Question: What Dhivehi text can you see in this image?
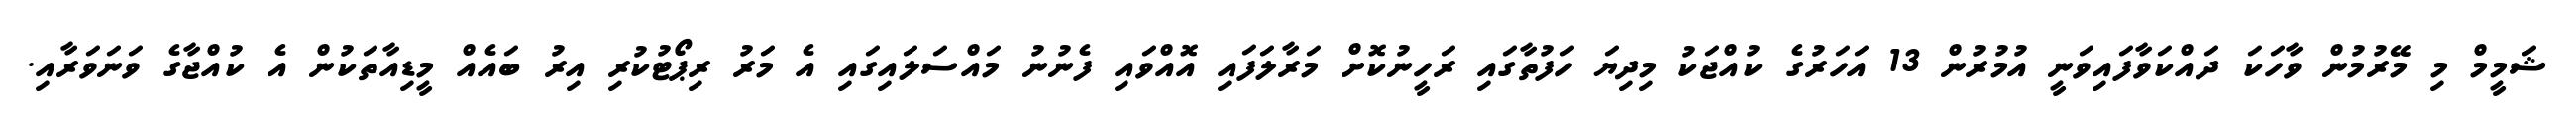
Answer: ޝަމީމް މި މޭރުމުން ވާހަކަ ދައްކަވާފައިވަނީ އުމުރުން 13 އަހަރުގެ ކުއްޖަކު މިދިޔަ ހަފުތާގައި ރަހީނުކޮށް މަރާލަފައި އޮއްވައި ފެނުނު މައްސަލައިގައި އެ މަރު ރިޕޯޓުކުރި އިރު ބައެއް މީޑިއާތަކުން އެ ކުއްޖާގެ ވަނަވަރާއި.